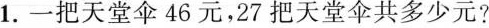
1.一把天堂伞46元，27把天堂伞共多少元?